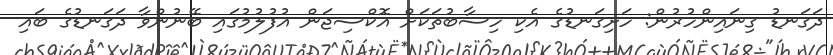
ދަގަނޑު ގިނައިންހުރުން: ހަށިގަނޑުގެ އެކި ހިސާބުތަކަށް އޮކްސިޖަން އުފުލުމުގައި ބޭނުންވާ ދަގަނޑުގެ ބައި